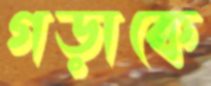
গড়াকে